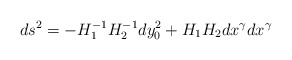
\begin{align*}ds^{2}=-H_{1}^{-1}H_{2}^{-1}dy_{0}^{2}+H_{1}H_{2}dx^{\gamma}dx^{\gamma} \end{align*}